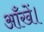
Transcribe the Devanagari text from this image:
आँखें।